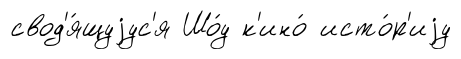
свод'я́щуjус'я Шо́у к'ино́ исто́р'иjу